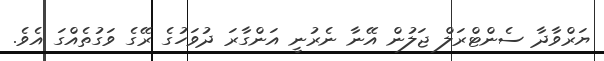
ޔަރްވާދާ ސެންޓްރަލް ޖަލުން އޭނާ ނެރުނީ އަންގާރަ ދުވަހުގެ ރޭގެ ވަގުތެއްގަ އެވެ.